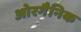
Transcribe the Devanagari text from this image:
ओरगैनिक